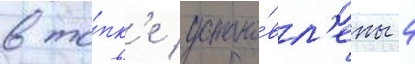
в то́пк'е устано́вл'ены 4